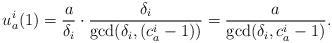
LaTeX: \begin{align*}u_a^i(1) = \frac{a}{\delta_i}\cdot\frac{\delta_i}{\gcd(\delta_i, (c_a^i-1))} = \frac{a}{\gcd(\delta_i, c_a^i-1)}.\end{align*}